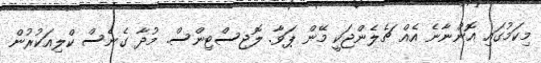
މިކަމުގައި އޮންނާނެ އެއް ޗެލެންޖަކީ މޭން ޕަވާ. ލޮޖިސްޓިންސް. މުދާ ގެނެސް ކްލިއަކުރުން